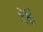
ર૪